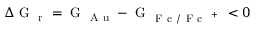
\Delta \mathrm { ~ G ~ } _ { \mathrm { ~ r ~ } } = \mathrm { ~ G ~ } _ { \mathrm { ~ A ~ u ~ } } - \mathrm { ~ G ~ } _ { \mathrm { ~ F ~ c ~ / ~ F ~ c ~ } ^ { \mathrm { ~ + ~ } } } < 0